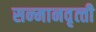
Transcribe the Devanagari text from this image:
सन्‍मानवृत्‍ती